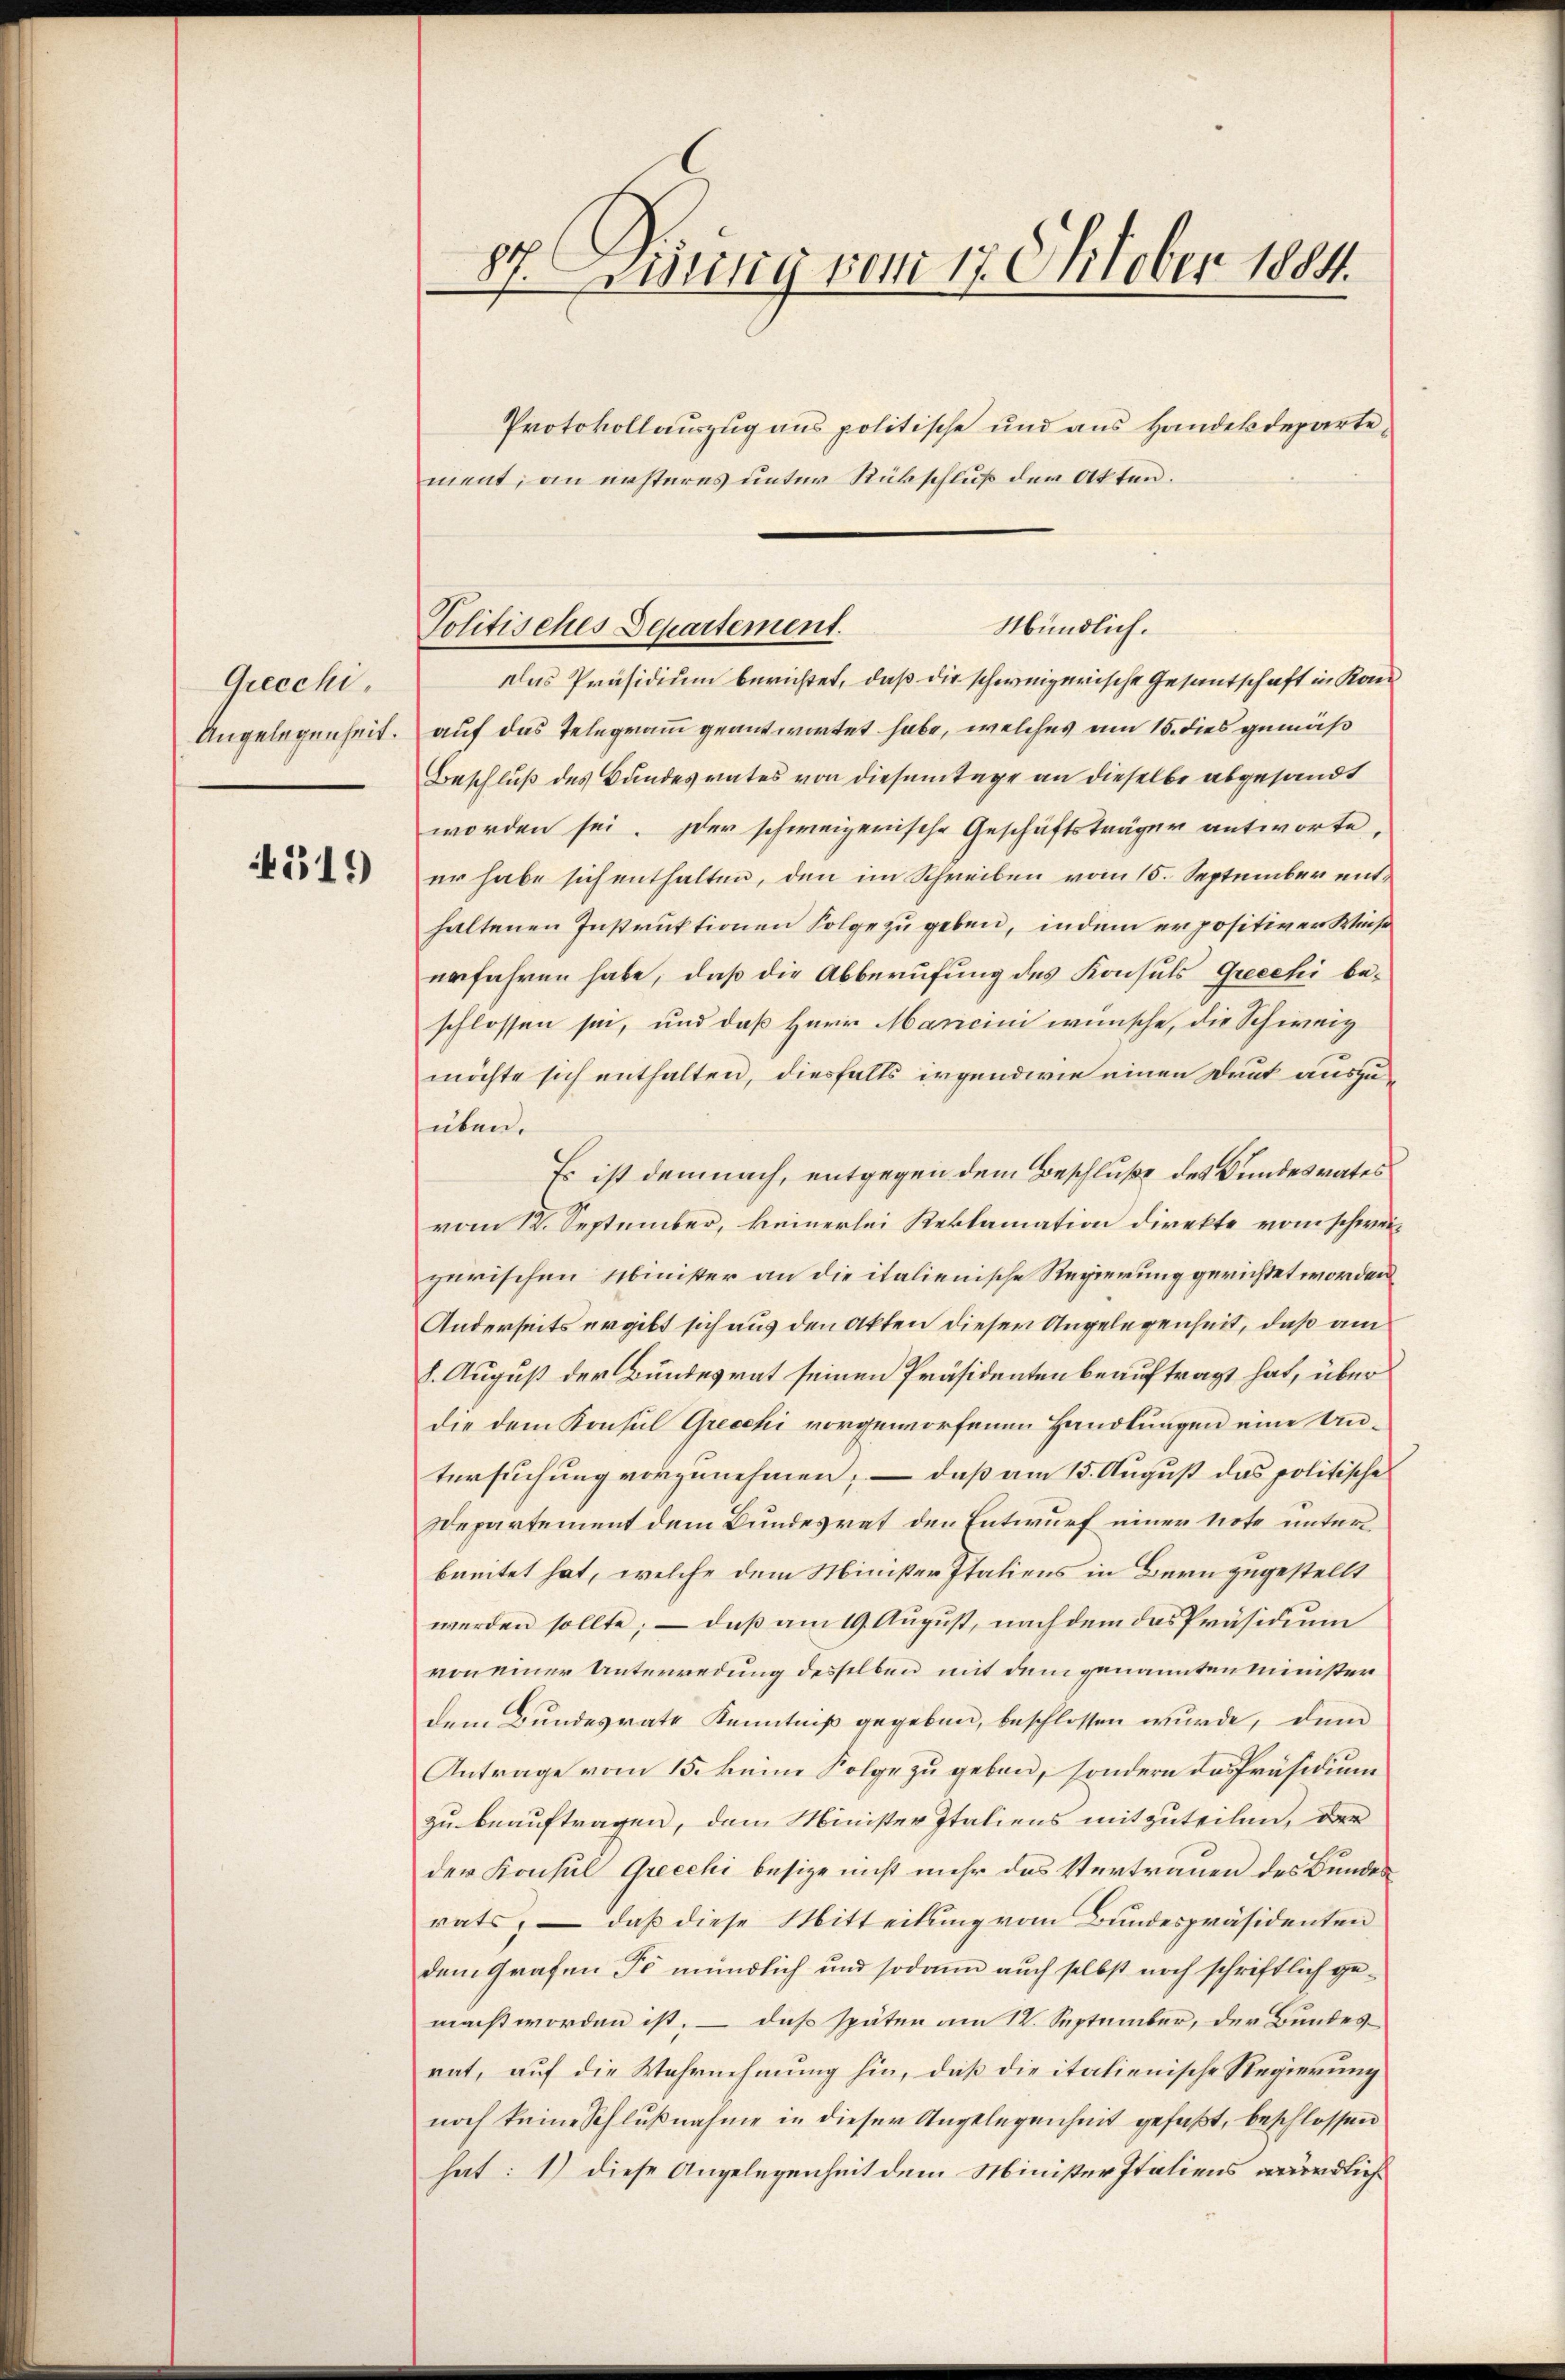
Grecchi,
Angelegenheit.

451)

87. Disung vom 17. Oktober 1884.

Protokollauszug aus politische und aus Handekdepartement, an ersteres unter Rückschluß der Akten.

Mündlich.
Politisches Departement.

das Präsidium berichtet, daß die schweizerische Gesantschaft in Kan
auf das Telegramm geantwortet habe, welches am 15. dies gemäß
Beschluß des Bundesrates von diesentage an dieselbe abgesandt
worden sei. Der schweizerische Geschäftsträger antworte,
er habe sich enthalten, den im Schreiben vom 15. September enthaltenen Instruktionen Folge zu geben, indem er positiver Weise
erfahren habe, daß die Abberufung des Konsuls Griechi beschlossen sei, und daß Herr Mancini wünsche, die Schweiz
möchte sich enthalten, diesfalls irgendwie einen Drut auszuüben.
Es ist demnach, entgegen dem Beschluße des Bundesrates
vom 12. September, keinerlei Reklamation direkte vom schweizerischen Minister an die italienische Regierung gerichtet worden
Anderseits ergibt sich aus den Akten dieser Angelegenheit, daß am
h. August der Bundesrat seinen Präsidenten beauftragt hat, über
die dem Konsul Grecchi vorgeworfenen Handlungen eine Untersuchung vorzunehmen; — daß am 15. August das politische
Departement dem Bundesrat den Entwurf einer Note unter
breitet hat, welche dem Minister Italiens in Bern zugestellt
werden sollte; – daß am 19. August, nachdem das Präsidium
von einer Unterredung desselben mit dem genannten Minister
dem Bundesrate Kenntniß gegeben, beschlossen wurde, dem
Antrage vom 15. keine Folge zu geben, sondern das Präsidium
zu beauftragen, dem Minister Italiens mitzuteilen, der
der Konsul Grecchi besize nicht mehr das Vertrauen des Bundesrats, – daß diese Mitteilung vom Bundespräsidenten
dem Grafen so mündlich und sodann auch selbst noch schriftlich gemacht worden ist, – das späten am 12. September, der Bundes
rat, auf die Wahrnehmung hin, daß die italienische Regierung
noch keine Schlußnahme in dieser Angelegenheit gefaßt, beschlossen
hat: 1) diese Angelegenheit dem Minister Italiens würdlich¬